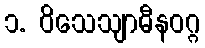
၁. ဝိသေသျာဓီနဝဂ္ဂ